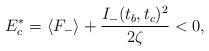
LaTeX: \begin{align*}E_c^*=\langle F_-\rangle+\frac{I_-(t_b,t_c)^2}{2\zeta}<0,\end{align*}